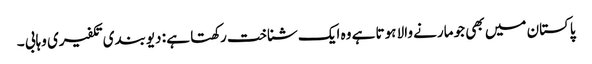
پاکستان میں بھی جو مارنے والا ہوتا ہے وہ ایک شناخت رکھتا ہے : دیوبندی تکفیری وہابی ۔